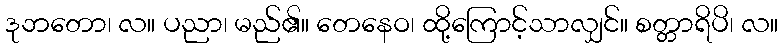
ဒုဘတော၊ လ။ ပညာ၊ မည်၏။ တေနေဝ၊ ထို့ကြောင့်သာလျှင်။ စတ္တာရိပိ၊ လ။